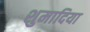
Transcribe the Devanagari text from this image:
शुमादिया